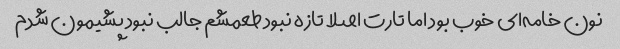
نون خامه‌ای خوب بود اما تارت اصلا تازه نبود طعمشم جالب نبود پشیمون شدم